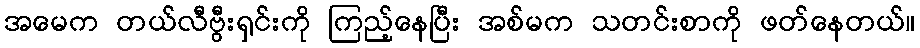
အမေက တယ်လီဗွီးရှင်းကို ကြည့်နေပြီး အစ်မက သတင်းစာကို ဖတ်နေတယ်။